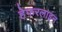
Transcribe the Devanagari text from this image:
हेफरलाइन